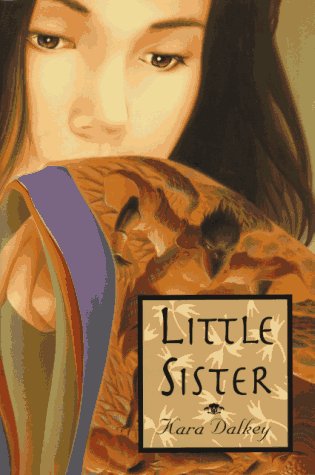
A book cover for Little Sister; Kara Dalkey; Teen & Young Adult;